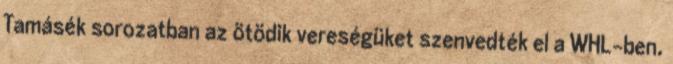
Tamásék sorozatban az ötödik vereségüket szenvedték el a WHL-ben.